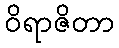
ဝိရာဇိတာ